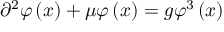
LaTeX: \partial ^ { 2 } \varphi \left( x \right) + \mu \varphi \left( x \right) = g \varphi ^ { 3 } \left( x \right)